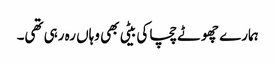
ہمارے چھوٹے چچا کی بیٹی بھی وہاں رہ رہی تھی۔